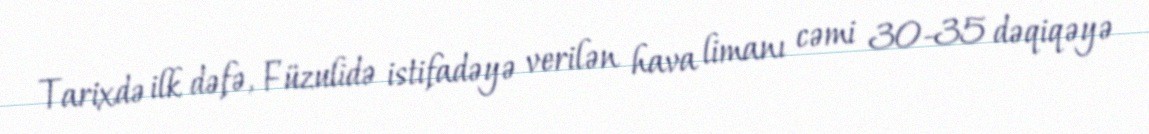
Tarixdə ilk dəfə, Füzulidə istifadəyə verilən hava limanı cəmi 30-35 dəqiqəyə